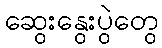
ဆွေးနွေးပွဲတွေ